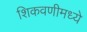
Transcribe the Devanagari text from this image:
शिकवणीमध्ये